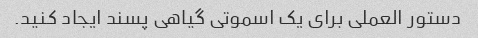
دستور العملی برای یک اسموتی گیاهی پسند ایجاد کنید.